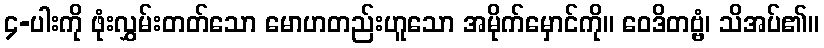
၄-ပါးကို ဖုံးလွှမ်းတတ်သော မောဟတည်းဟူသော အမိုက်မှောင်ကို။ ဝေဒိတဗ္ဗံ၊ သိအပ်၏။